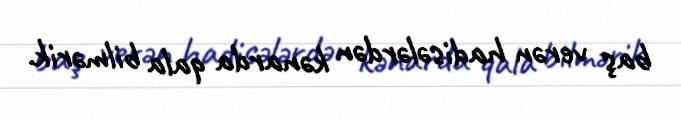
baş verən hadisələrdən kənarda qala bilmərik.